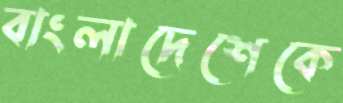
বাংলাদেশেকে